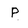
Character: P